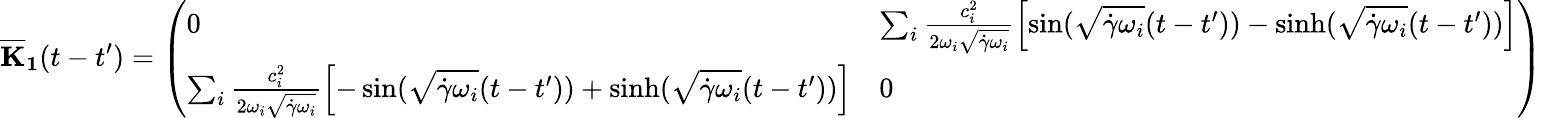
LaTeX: \mathbf{{\overline{{K}}_{1}}}(t-t^{\prime})=\left(\begin{array}{ll}{0}&{\sum_{i}\frac{c_{i}^{2}}{2\omega_{i}\sqrt{\dot{\gamma}\omega_{i}}}\Bigl[\sin(\sqrt{\dot{\gamma}\omega_{i}}(t-t^{\prime}))-\sinh(\sqrt{\dot{\gamma}\omega_{i}}(t-t^{\prime}))\Bigr]}\\ {\sum_{i}\frac{c_{i}^{2}}{2\omega_{i}\sqrt{\dot{\gamma}\omega_{i}}}\Bigl[-\sin(\sqrt{\dot{\gamma}\omega_{i}}(t-t^{\prime}))+\sinh(\sqrt{\dot{\gamma}\omega_{i}}(t-t^{\prime}))\Bigr]}&{0}\end{array}\right)